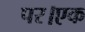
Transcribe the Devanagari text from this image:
पर।एक